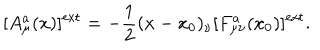
[ A _ { \mu } ^ { a } ( x ) ] ^ { \mathrm { e x t } } = - \frac { 1 } { 2 } ( x - x _ { 0 } ) _ { \nu } [ F _ { \mu \nu } ^ { a } ( x _ { 0 } ) ] ^ { \mathrm { e x t } } .